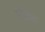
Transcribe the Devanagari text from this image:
घोडेतळ